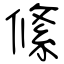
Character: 絛